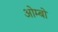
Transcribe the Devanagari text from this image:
ओम्बो